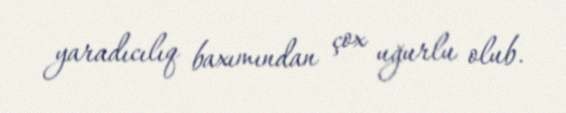
yaradıcılıq baxımından çox uğurlu olub.